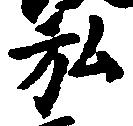
弘